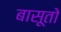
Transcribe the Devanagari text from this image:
बासूतो